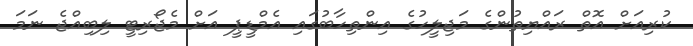
ކުރިއަށް އޮތް ރައްޔިތުންގެ މަޖިލީހުގެ އިންތިހާބުގައި އެމްޑީޕީ އަށް މެޖޯރިޓީ ލިބިއްޖެ ނަމަ